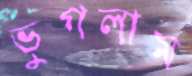
ভুগলাম